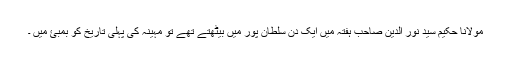
مولانا حکیم سید نور الدین صاحب ہفتہ میں ایک دن سلطان پور میں بیٹھتے تھے تو مہینہ کی پہلی تاریخ کو بمبئ میں ۔